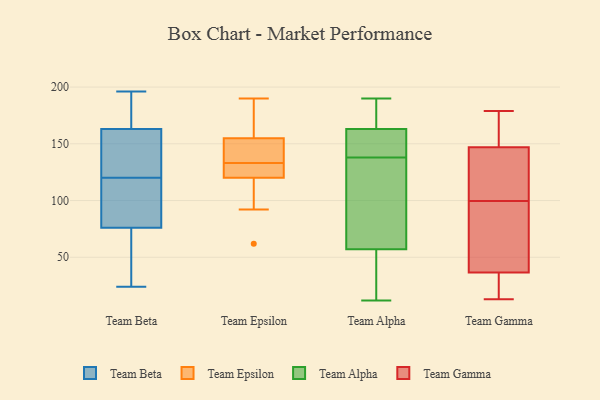
{"axis": {"x": "Tickets Resolved", "y": "Value"}, "legend": ["Team Alpha", "Team Beta", "Team Epsilon", "Team Gamma"], "data": [{"x": "", "y": 53, "type": "Team Beta"}, {"x": "", "y": 55, "type": "Team Beta"}, {"x": "", "y": 171, "type": "Team Beta"}, {"x": "", "y": 124, "type": "Team Beta"}, {"x": "", "y": 79, "type": "Team Beta"}, {"x": "", "y": 133, "type": "Team Beta"}, {"x": "", "y": 126, "type": "Team Beta"}, {"x": "", "y": 83, "type": "Team Beta"}, {"x": "", "y": 79, "type": "Team Beta"}, {"x": "", "y": 29, "type": "Team Beta"}, {"x": "", "y": 179, "type": "Team Beta"}, {"x": "", "y": 75, "type": "Team Beta"}, {"x": "", "y": 196, "type": "Team Beta"}, {"x": "", "y": 176, "type": "Team Beta"}, {"x": "", "y": 24, "type": "Team Beta"}, {"x": "", "y": 120, "type": "Team Beta"}, {"x": "", "y": 195, "type": "Team Beta"}, {"x": "", "y": 139, "type": "Team Beta"}, {"x": "", "y": 88, "type": "Team Beta"}, {"x": "", "y": 152, "type": "Team Epsilon"}, {"x": "", "y": 190, "type": "Team Epsilon"}, {"x": "", "y": 62, "type": "Team Epsilon"}, {"x": "", "y": 120, "type": "Team Epsilon"}, {"x": "", "y": 155, "type": "Team Epsilon"}, {"x": "", "y": 92, "type": "Team Epsilon"}, {"x": "", "y": 144, "type": "Team Epsilon"}, {"x": "", "y": 121, "type": "Team Epsilon"}, {"x": "", "y": 122, "type": "Team Epsilon"}, {"x": "", "y": 178, "type": "Team Epsilon"}, {"x": "", "y": 144, "type": "Team Alpha"}, {"x": "", "y": 176, "type": "Team Alpha"}, {"x": "", "y": 163, "type": "Team Alpha"}, {"x": "", "y": 113, "type": "Team Alpha"}, {"x": "", "y": 63, "type": "Team Alpha"}, {"x": "", "y": 57, "type": "Team Alpha"}, {"x": "", "y": 152, "type": "Team Alpha"}, {"x": "", "y": 133, "type": "Team Alpha"}, {"x": "", "y": 158, "type": "Team Alpha"}, {"x": "", "y": 190, "type": "Team Alpha"}, {"x": "", "y": 178, "type": "Team Alpha"}, {"x": "", "y": 40, "type": "Team Alpha"}, {"x": "", "y": 57, "type": "Team Alpha"}, {"x": "", "y": 120, "type": "Team Alpha"}, {"x": "", "y": 38, "type": "Team Alpha"}, {"x": "", "y": 189, "type": "Team Alpha"}, {"x": "", "y": 12, "type": "Team Alpha"}, {"x": "", "y": 143, "type": "Team Alpha"}, {"x": "", "y": 75, "type": "Team Gamma"}, {"x": "", "y": 55, "type": "Team Gamma"}, {"x": "", "y": 26, "type": "Team Gamma"}, {"x": "", "y": 112, "type": "Team Gamma"}, {"x": "", "y": 103, "type": "Team Gamma"}, {"x": "", "y": 157, "type": "Team Gamma"}, {"x": "", "y": 13, "type": "Team Gamma"}, {"x": "", "y": 137, "type": "Team Gamma"}, {"x": "", "y": 179, "type": "Team Gamma"}, {"x": "", "y": 157, "type": "Team Gamma"}, {"x": "", "y": 96, "type": "Team Gamma"}, {"x": "", "y": 165, "type": "Team Gamma"}, {"x": "", "y": 123, "type": "Team Gamma"}, {"x": "", "y": 36, "type": "Team Gamma"}, {"x": "", "y": 37, "type": "Team Gamma"}, {"x": "", "y": 26, "type": "Team Gamma"}]}